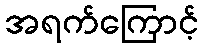
အရက်ကြောင့်